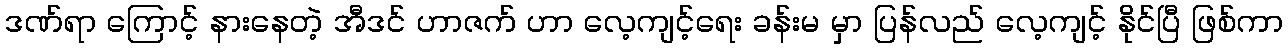
ဒဏ်ရာ ကြောင့် နားနေတဲ့ အီဒင် ဟာဇက် ဟာ လေ့ကျင့်ရေး ခန်းမ မှာ ပြန်လည် လေ့ကျင့် နိုင်ပြီ ဖြစ်ကာ